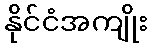
နိုင်ငံအကျိုး